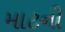
માટની